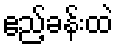
ဧည့်ခန်းထဲ